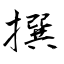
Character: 撰